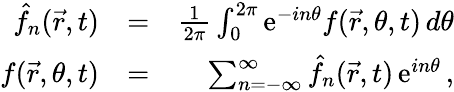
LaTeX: \begin{array}{rlr}{\hat{f}_{n}(\vec{r},t)}&{=}&{{\frac{1}{2\pi}}\int_{0}^{2\pi}\mathrm{e}^{-in\theta}f(\vec{r},\theta,t)\, d\theta}\\ {f(\vec{r},\theta,t)}&{=}&{\sum_{n=-\infty}^{\infty}\hat{f}_{n}(\vec{r},t)\, \mathrm{e}^{in\theta}\, ,}\end{array}